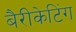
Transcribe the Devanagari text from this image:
बैरीकेटिंग